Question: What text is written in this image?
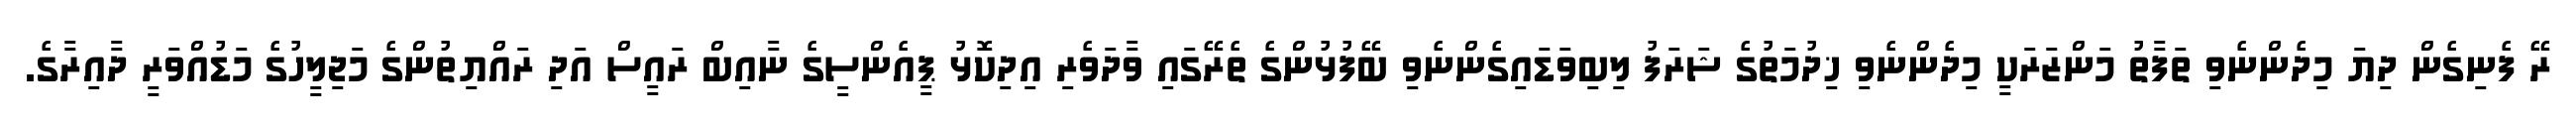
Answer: ރޭ ފެނިގެން ދިޔަ މިދެންނެވި ތަފާތު މަންޒަރަކީ މިދެންނެވި ޚިދުމަތުގެ ޝަރަފު ލިބިވަޑައިގެންނެވި ބޭފުޅުންގެ ތެރޭގައި ވާދަވެރި އިދިކޮޅު ޕީއެންސީގެ ނާއިބް ރައީސް އަދި ރައްޔިތުންގެ މަޖިލީހުގެ މަޑުއްވަރީ ދާއިރާގެ.